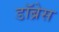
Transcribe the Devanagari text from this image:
डॉब्रेस